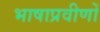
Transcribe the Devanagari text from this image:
भाषाप्रवीणों